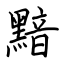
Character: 黯